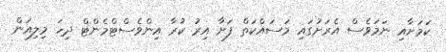
ކަމަށާއި ނަމަވެސް އެރަށުގައި މަސައްކަތް ފަށާ އިރު ކުރާ އިންވެސްޓްމެންޓް ދިހަ މިލިއަން